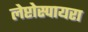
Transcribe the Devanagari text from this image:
लेप्टोस्पायरा